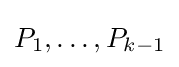
P_{1},\ldots ,P_{k-1}